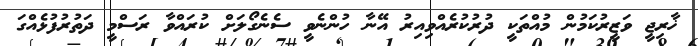
ޚާރިޖީ ވަޒީރުކަމުން މުއްތަކީ ދުރުކުރެއްވިއިރު އޭނާ ހުންނެވީ ސެނެގޯލަށް ކުރައްވާ ރަސްމީ ދަތުރުފުޅެއްގަ